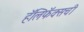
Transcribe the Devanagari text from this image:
हॅलिफॅक्सची